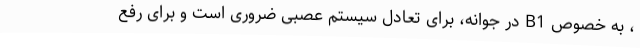
، به خصوص B1 در جوانه، برای تعادل سیستم عصبی ضروری است و برای رفع